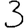
Digit: 3